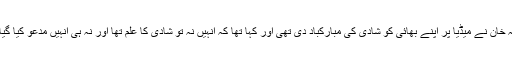
علیمہ خان نے میڈیا پر اپنے بھائی کو شادی کی مبارکباد دی تھی اور کہا تھا کہ انہیں نہ تو شادی کا علم تھا اور نہ ہی انہیں مدعو کیا گیا تھا۔